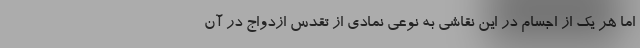
اما هر یک از اجسام در این نقاشی به نوعی نمادی از تقدس ازدواج در آن